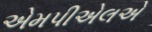
એમપીએલએ